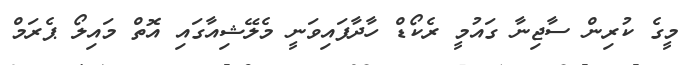
މީގެ ކުރިން ސާޖިނާ ގައުމީ ރެކޯޑް ހާދާފައިވަނީ މެލޭޝިއާގައި އޮތް މައިލޯ ޕެރަމް